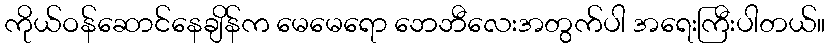
ကိုယ်ဝန်ဆောင်နေချိန်က မေမေရော ဘေဘီလေးအတွက်ပါ အရေးကြီးပါတယ်။